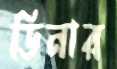
ডিনার